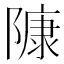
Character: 𨻷